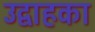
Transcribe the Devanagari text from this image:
उद्वाहका